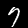
Digit: 7